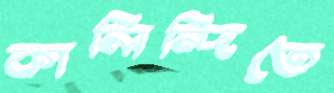
কালিন্দিতে